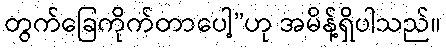
တွက်ခြေကိုက်တာပေါ့”ဟု အမိန့်ရှိပါသည်။